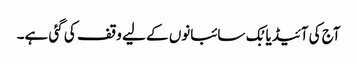
آج کی آئیڈیا بُک سائبانوں کے لیے وقف کی گئی ہے۔